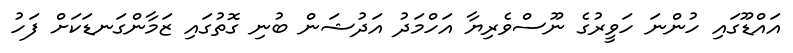
އައްޑޫގައި ހުންނަ ހަވީރުގެ ނޫސްވެރިޔާ އަހްމަދު އަދުޝަން ބުނި ގޮތުގައި ޒަމާންގަނޑަކަށް ފަހު